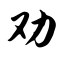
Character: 劝